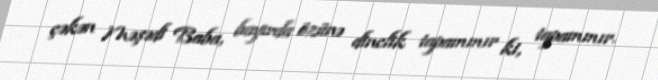
çəkən Məşədi Baba, bayırda özünə dinclik tapammır ki, tapammır.